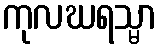
ကုလဃရသ္မာ